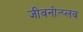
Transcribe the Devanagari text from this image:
जीवनोत्प्लव